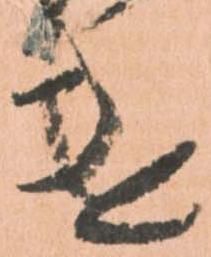
遣